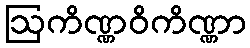
ဩကိဏ္ဏဝိကိဏ္ဏာ